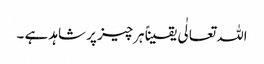
اللہ تعالٰی یقیناً ہرچیز پر شاہد ہے ۔